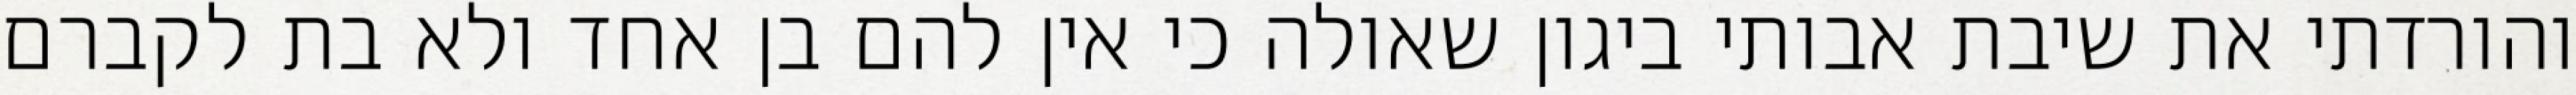
והורדתי את שיבת אבותי ביגון שאולה כי אין להם בן אחד ולא בת לקברם